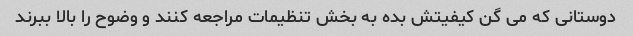
دوستانی که می گن کیفیتش بده به بخش تنظیمات مراجعه کنند و وضوح را بالا ببرند